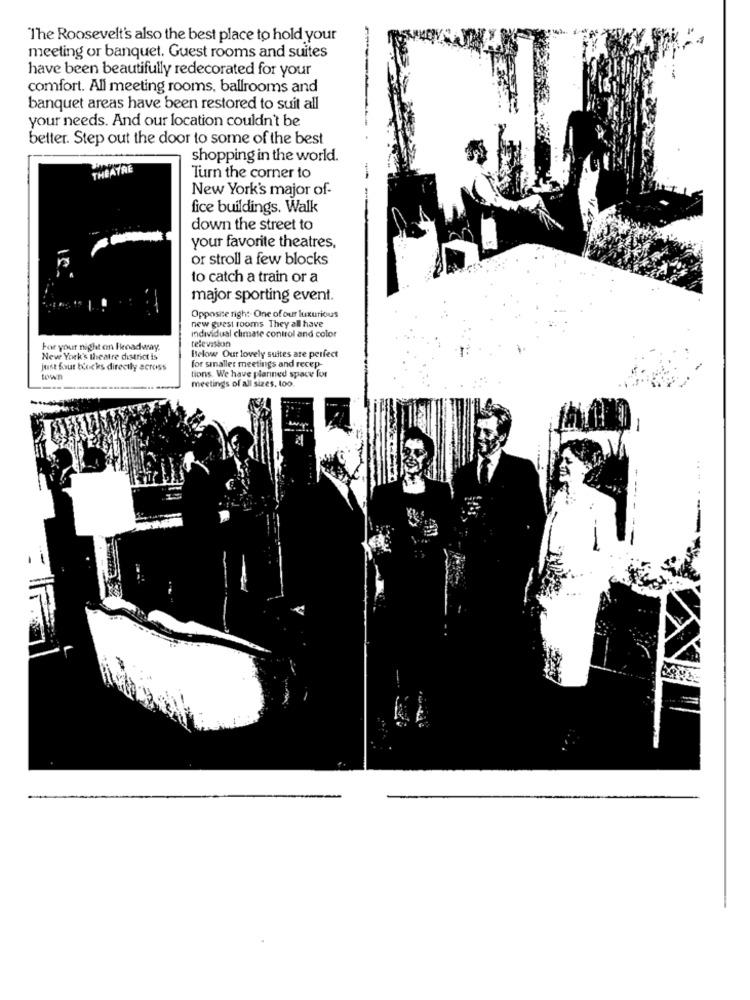
The Roosevelt's also the best place to hold your
meeting or banquet. Guest rooms and suites
have been beautifully redecorated for your
comfort. All meeting rooms, ballrooms and
banquet areas have been restored to suit all
your needs. And our location couldn't be
better. Step out the door to some of the best
shopping in the world.
THEATRE
Turn the corner to
New York's major of-
fice buildings. Walk
down the street to
your favorite theatres.
or stroll a few blocks
to catch a train or a
major sporting event.
Opposite right One of our luxurious
new guest rooms They all have
Individual climate control and color
television
For your night on Firoadway.
Below Our lovely suites are perfect
New York's theatre district is
just four blocks directly across
for smaller meetings and recep-
town
tions. We have plarined space for
meetings of all sizes, too.